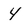
Character: 4